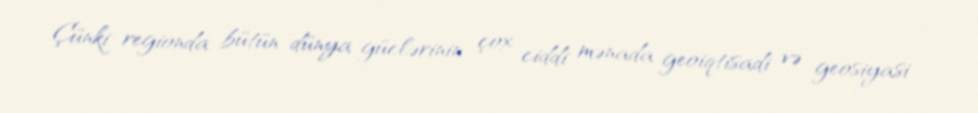
Çünki regionda bütün dünya güclərinin çox ciddi mənada geoiqtisadi və geosiyasi